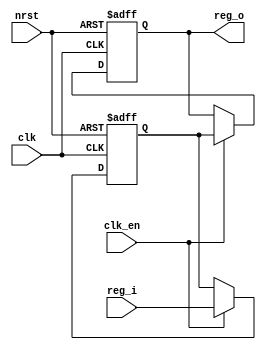
module register_sync #(
  parameter reg_width = 16,
  parameter reg_preset = {reg_width{1'b0}},
  parameter resync_stages = 2
) (
  clk,
  clk_en,
  nrst,
  reg_i,
  reg_o
);

input clk;
input clk_en;
input nrst;

input [reg_width-1:0] reg_i;
output [reg_width-1:0] reg_o;



reg [reg_width-1:0] reg_synced_3 = reg_preset;
reg [reg_width-1:0] reg_synced_2 = reg_preset;
reg [reg_width-1:0] reg_synced_1 = reg_preset;
reg [reg_width-1:0] reg_synced_0 = reg_preset;


always @(posedge clk or negedge nrst)
  if (!nrst) begin
    reg_synced_2 <= reg_preset;
    reg_synced_1 <= reg_preset;
    reg_synced_0 <= reg_preset;
  end else if (clk_en) begin
    reg_synced_2 <= reg_synced_1;
    reg_synced_1 <= reg_synced_0;
    reg_synced_0 <= reg_i;
  end

genvar int_idx;

generate 
  for (int_idx = 0; int_idx < reg_width; int_idx = int_idx+1) begin : gen_rtl
    always @(posedge clk or negedge nrst)
      if (!nrst) begin
        reg_synced_3[int_idx] <= reg_preset[int_idx];
      end else if (clk_en) begin
        if (reg_synced_2[int_idx] == reg_synced_1[int_idx])
          reg_synced_3[int_idx] <= reg_synced_2[int_idx];
      end
  end
endgenerate

generate
  if (resync_stages == 4)
    assign reg_o = reg_synced_3;
  else if (resync_stages == 3)
    assign reg_o = reg_synced_2;
  else if (resync_stages == 1)
    assign reg_o = reg_synced_0;
  else
    assign reg_o = reg_synced_1;
endgenerate

endmodule